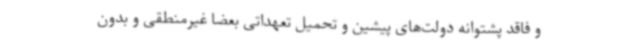
و فاقد پشتوانه دولت‌های پیشین و تحمیل تعهداتی بعضاً غیرمنطقی و بدون